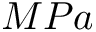
M P a